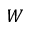
W